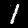
Digit: 1